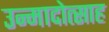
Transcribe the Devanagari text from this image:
उन्मादोत्साह